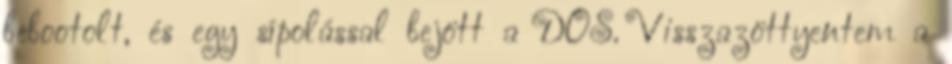
bebootolt, és egy sípolással bejött a DOS. Visszazöttyentem a